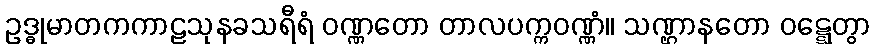
ဥဒ္ဓုမာတကကာဠသုနခသရီရံ ဝဏ္ဏတော တာလပက္ကဝဏ္ဏံ။ သဏ္ဌာနတော ဝဋ္ဋေတွာ